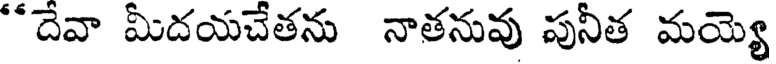
"దేవా మీదయచేతను నాతనువు పునీత మయ్యె